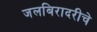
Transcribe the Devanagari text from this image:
जलबिरादरीचे